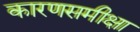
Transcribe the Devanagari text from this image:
कारणसमीक्षा